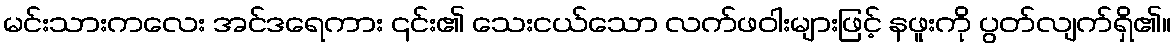
မင်းသားကလေး အင်ဒရေကား ၎င်း၏ သေးငယ်သော လက်ဖဝါးများဖြင့် နဖူးကို ပွတ်လျက်ရှိ၏။